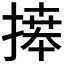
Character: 𢱭